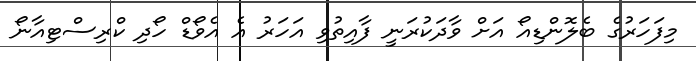
މިފަހަރުގެ ބެލޮންޑިއޯ އަށް ވާދަކުރަނީ ފާއިތުވި އަހަރު އެ އެވޯޑް ހޯދި ކްރިސްޓިއާނޯ